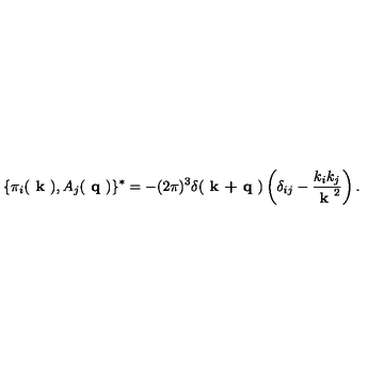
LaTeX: \{ \pi _ { i } ( \textbf { k } ) , A _ { j } ( \textbf { q } ) \} ^ { * } = - ( 2 \pi ) ^ { 3 } \delta ( \textbf { k + q } ) \left( \delta _ { i j } - \frac { k _ { i } k _ { j } } { \textbf { k } ^ { 2 } } \right) .